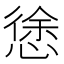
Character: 𭞃